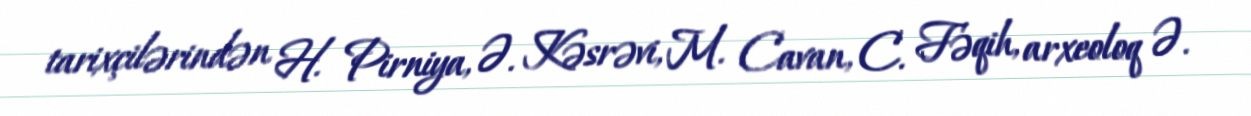
tarixçilərindən H. Pirniya, Ə. Kəsrəvi, M. Cavan, C. Fəqih, arxeoloq Ə.